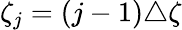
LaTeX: \zeta_{j}=(j-1)\triangle\zeta